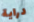
دراية